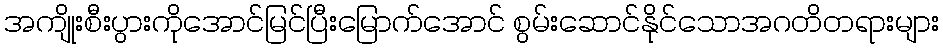
အကျိုးစီးပွားကိုအောင်မြင်ပြီးမြောက်အောင် စွမ်းဆောင်နိုင်သောအဂတိတရားများ